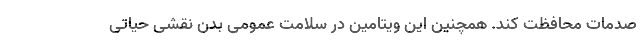
صدمات محافظت کند. همچنین این ویتامین در سلامت عمومی بدن نقشی حیاتی